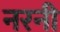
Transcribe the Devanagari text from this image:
नरनी